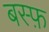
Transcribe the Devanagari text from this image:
बस्फ़